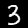
Digit: 3